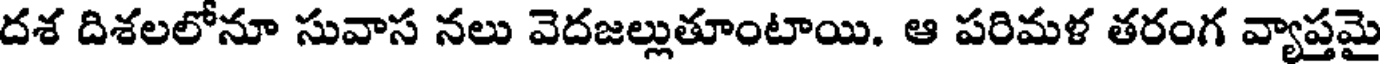
దశ దిశలలోనూ సువాస నలు వెదజల్లుతూంటాయి. ఆ పరిమళ తరంగ వ్యాప్తమై